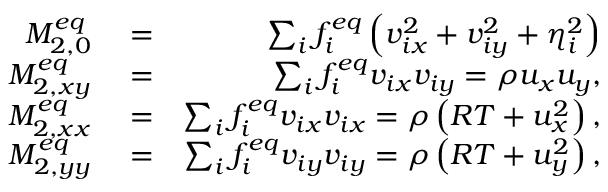
\begin{array} { r l r } { M _ { 2 , 0 } ^ { e q } } & { { } = } & { \sum _ { i } { f _ { i } ^ { e q } \left( { v _ { i x } ^ { 2 } + v _ { i y } ^ { 2 } + \eta _ { i } ^ { 2 } } \right) } } \\ { M _ { 2 , x y } ^ { e q } } & { { } = } & { \sum _ { i } { f _ { i } ^ { e q } { v _ { i x } } { v _ { i y } } } = \rho { u _ { x } } { u _ { y } } , } \\ { M _ { 2 , x x } ^ { e q } } & { { } = } & { \sum _ { i } { f _ { i } ^ { e q } { v _ { i x } } { v _ { i x } } } = \rho \left( { R T + u _ { x } ^ { 2 } } \right) , } \\ { M _ { 2 , y y } ^ { e q } } & { { } = } & { \sum _ { i } { f _ { i } ^ { e q } { v _ { i y } } { v _ { i y } } } = \rho \left( { R T + u _ { y } ^ { 2 } } \right) , } \end{array}